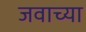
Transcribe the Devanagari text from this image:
जवाच्या